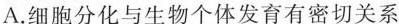
A.细胞分化与生物个体发育有密切关系